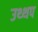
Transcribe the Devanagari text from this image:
उथ्थप